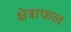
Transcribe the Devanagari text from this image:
क्षेत्राफल